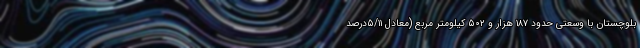
بلوچستان با وسعتی حدود ۱۸۷ هزار و ۵۰۲ کیلومتر مربع (معادل ۵/۱۱درصد